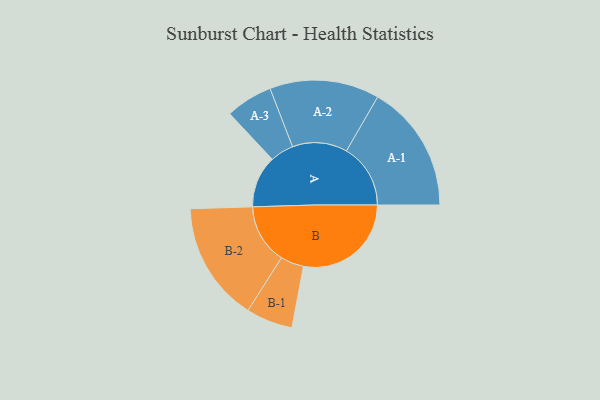
{"axis": {"x": "Segment", "y": "Value"}, "legend": ["", "A", "B"], "data": [{"x": "A", "y": 241, "type": ""}, {"x": "B", "y": 499, "type": ""}, {"x": "A-1", "y": 297, "type": "A"}, {"x": "A-2", "y": 254, "type": "A"}, {"x": "A-3", "y": 109, "type": "A"}, {"x": "B-1", "y": 108, "type": "B"}, {"x": "B-2", "y": 277, "type": "B"}]}